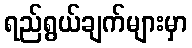
ရည်ရွယ်ချက်များမှာ